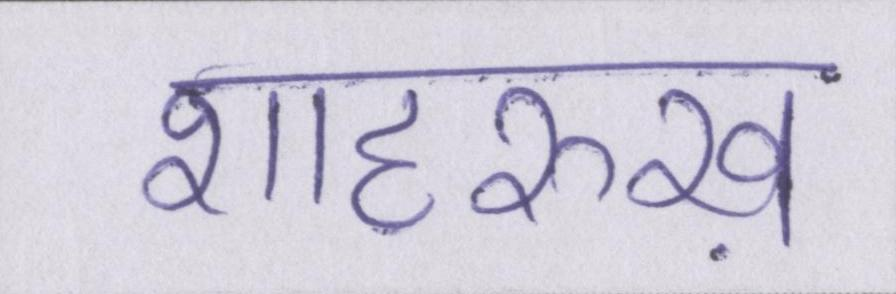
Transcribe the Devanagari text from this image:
शाहरुख़